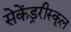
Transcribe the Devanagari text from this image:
सेकेंड्ररीस्कूल